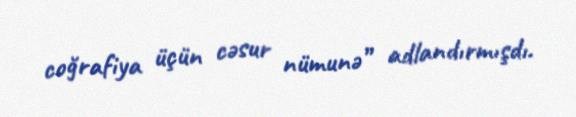
coğrafiya üçün cəsur nümunə” adlandırmışdı.